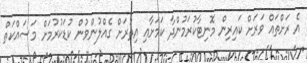
އެ ރަށްތައް ވަރަށް ކައިރިން މޮނިޓާކުރަމުންދާ ކަމަށާއި އިތުރަށް ގެއްލުންވުން ކުޑަކުރުމަށް މަސައްކަތް